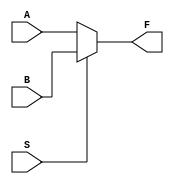
`timescale 1ns / 1ps
//////////////////////////////////////////////////////////////////////////////////
// Company: 
// Engineer: 
// 
// Design Name: 
// Module Name:    Multipler8_1 
// Project Name: 
// Target Devices: 
// Tool versions: 
// Description: 
//
// Dependencies: 
//
// Revision: 
// Revision 0.01 - File Created
// Additional Comments: 
//
//////////////////////////////////////////////////////////////////////////////////
module mux1_2(A, B, S, F);
  input A, B, S;
  output F;
  
  assign F = S ? B : A;
endmodule

module C1(A0, A1, SA, B0, B1, SB, S0, S1, F);
  input A0, A1, SA, B0, B1, SB, S0, S1;
  output F;
  
  wire F1, F2, F, S2;
  mux1_2 mux1_20(A0, A1, SA, F1);
  mux1_2 mux1_21(B0, B1, SB, F2);
  mux1_2 mux1_22(F1, F2, S2, F);
  
  or or_0(S2, S0, S1);
  
endmodule

module multiplier2(A, B, C);
    input [1:0] A, B;
    output [3:0] C;
    
    // C0
    C1 C1_0(1'b0, A[0], B[0], 1'b0, 1'b0, 1'b0, 1'b0, 1'b0, C[0]);
    
    // C1
    wire O0, O1, O2, O3;
    C1 C1_1(1'b0, A[0], B[1], 1'b0, 1'b0, 1'b0, A[1], 1'b0, O0);
    C1 C1_2(1'b0, A[0], B[1], 1'b0, 1'b0, 1'b0, B[0], 1'b0, O1);
    C1 C1_3(1'b0, A[1], B[0], 1'b0, 1'b0, 1'b0, B[1], 1'b0, O2);
    C1 C1_4(1'b0, A[1], B[0], 1'b0, 1'b0, 1'b0, A[0], 1'b0, O3);
    
    C1 C1_5(O0, 1'b1, O1, 1'b1, 1'b1, 1'b1, O2, O3, C[1]);
    
    // C2
    wire O4, O5;
    C1 C1_6(1'b0, A[1], B[1], 1'b0, 1'b0, 1'b0, B[0], 1'b0, O4);
    C1 C1_7(1'b0, A[1], B[1], 1'b0, 1'b0, 1'b0, A[0], 1'b0, O5);
    C1 C1_8(O4, 1'b1, O5, 1'b0, 1'b0, 1'b0, 1'b0, 1'b0, C[2]);
  
    // C3
    wire O6;
    C1 C1_9(1'b0, 1'b0, 1'b0, 1'b0, A[0], A[1], B[0], 1'b0, O6);
    C1 C1_10(1'b0, O6, B[1], 1'b0, 1'b0, 1'b0, 1'b0, 1'b0, C[3]);
endmodule

module multiplier4(A, B, C);
	input [3:0] A, B;
   output [7:0] C;
	
	wire [3:0]mult2_out0;
	wire [3:0]mult2_out1;
	wire [3:0]mult2_out2;
	wire [3:0]mult2_out3;
	multiplier2 multiplier2_0(A[1:0], B[1:0], mult2_out0);
	multiplier2 multiplier2_1(A[3:2], B[1:0], mult2_out1);
	multiplier2 multiplier2_2(A[1:0], B[3:2], mult2_out2);
	multiplier2 multiplier2_3(A[3:2], B[3:2], mult2_out3);
	
	assign C = {mult2_out3, 4'b0} + {mult2_out2, 2'b0} + {mult2_out1, 2'b0} + mult2_out0;
endmodule

module UMultipler8_1( input [7:0]A, input [7:0]B, output [15:0]out);
	wire [7:0]mult4_out0;
	wire [7:0]mult4_out1;
	wire [7:0]mult4_out2;
	wire [7:0]mult4_out3;
	multiplier4 multiplier4_0(A[3:0], B[3:0], mult4_out0);
	multiplier4 multiplier4_1(A[3:0], B[7:4], mult4_out1);
	multiplier4 multiplier4_2(A[7:4], B[3:0], mult4_out2);
	multiplier4 multiplier4_3(A[7:4], B[7:4], mult4_out3);
	
	wire [8:0]add8_out0;
	wire [8:0]add8_out1;
	wire [8:0]add8_out2;
	
	assign add8_out0 = mult4_out1 + mult4_out2;
	assign add8_out1 = add8_out0[7:0] + {4'b0, mult4_out0[7:4]};
	assign add8_out2 = mult4_out3 + {3'b0, add8_out0[8], add8_out1[7:4]};
	
	assign out[3:0] = mult4_out0[3:0];
	assign out[7:4] = add8_out1[3:0];
	assign out[15:8] = add8_out2[7:0];
endmodule

module Multipler8_1( input [7:0]A, input [7:0]B, output [14:0]out);
	wire [13:0]mult_out;
	assign mult_out = A[6:0] * B[6:0];
	
	assign out = ((A[7] == B[7])) ? {1'b0, mult_out} : {1'b1, mult_out};
endmodule